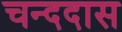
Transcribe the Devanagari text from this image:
चन्ददास